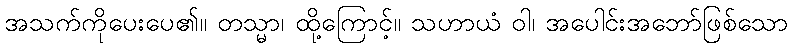
အသက်ကိုပေးပေ၏။ တသ္မာ၊ ထို့ကြောင့်။ သဟာယံ ဝါ၊ အပေါင်းအဘော်ဖြစ်သော